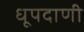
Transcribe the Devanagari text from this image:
धूपदाणी